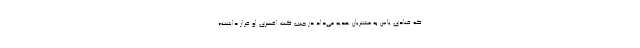
که قنادی یاس به مشتریان هدیه می‌داد در جیب کت افسری او قرار داشت».